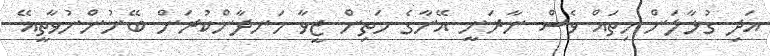
އަދި ގުޅާލަން ހިތައް ވެސް ނާރަނީ އޭނާގެ މަތިން ޒީވާ ހަނދާންކުރަން ބޭނުންނުވާތީއޭ